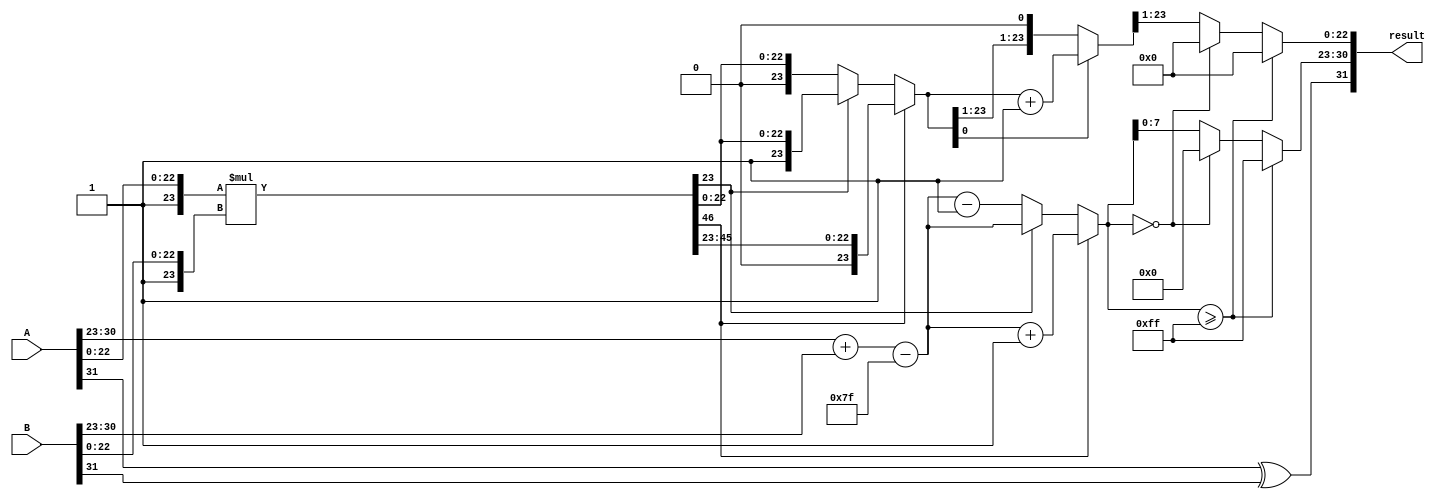
module floating_point_multiplier (
    input [31:0] A, // Single precision input A
    input [31:0] B, // Single precision input B
    output reg [31:0] result // Resulting floating-point number
);

    // Constants for single precision
    localparam EXPONENT_BIAS = 127;
    localparam MANTISSA_WIDTH = 23;
    localparam EXPONENT_WIDTH = 8;

    // Decompose inputs
    wire sign_A = A[31];
    wire sign_B = B[31];
    wire [EXPONENT_WIDTH-1:0] exp_A = A[30:23];
    wire [EXPONENT_WIDTH-1:0] exp_B = B[30:23];
    wire [MANTISSA_WIDTH:0] mant_A = {1'b1, A[22:0]}; // Implicit leading 1
    wire [MANTISSA_WIDTH:0] mant_B = {1'b1, B[22:0]}; // Implicit leading 1

    // Sign calculation
    wire sign_result = sign_A ^ sign_B;

    // Exponent calculation
    wire [EXPONENT_WIDTH:0] exp_result = exp_A + exp_B - EXPONENT_BIAS;

    // Mantissa multiplication
    wire [2*MANTISSA_WIDTH:0] mant_result = mant_A * mant_B;

    // Normalization
    reg [MANTISSA_WIDTH:0] normalized_mant;
    reg [EXPONENT_WIDTH:0] final_exponent;
    reg [MANTISSA_WIDTH:0] mantissa_out;
    reg [EXPONENT_WIDTH:0] exp_out;

    always @(*) begin
        // Default values
        normalized_mant = mant_result[MANTISSA_WIDTH:0];
        final_exponent = exp_result;

        // Check for normalization
        if (mant_result[2*MANTISSA_WIDTH]) begin // Overflow
            normalized_mant = mant_result[2*MANTISSA_WIDTH-1:MANTISSA_WIDTH];
            final_exponent = exp_result + 1;
        end else if (normalized_mant[23] == 0) begin // Underflow
            normalized_mant = mant_result[MANTISSA_WIDTH-1:0];
            final_exponent = exp_result - 1;
        end

        // Rounding (simple round to nearest even)
        if (normalized_mant[0] == 1) begin
            normalized_mant = normalized_mant + 1;
        end

        // Handle exponent overflow/underflow
        if (final_exponent >= (1 << EXPONENT_WIDTH) - 1) begin
            exp_out = (1 << EXPONENT_WIDTH) - 1; // Set to infinity
            mantissa_out = 0; // Set mantissa to 0 for infinity
        end else if (final_exponent == 0) begin
            exp_out = 0; // Set to zero
            mantissa_out = 0; // Set mantissa to 0 for zero
        end else begin
            exp_out = final_exponent;
            mantissa_out = normalized_mant[MANTISSA_WIDTH:1]; // Drop the implicit bit
        end

        // Construct the result
        result = {sign_result, exp_out[EXPONENT_WIDTH-1:0], mantissa_out[MANTISSA_WIDTH-1:0]};
    end

endmodule